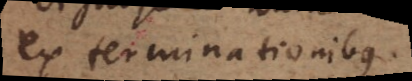
ex terminationibus.